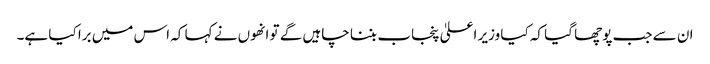
ان سے جب پوچھا گیا کہ کیا وزیر اعلیٰ پنجاب بننا چاہیں گے تو انھوں نے کہا کہ اس میں برا کیا ہے۔